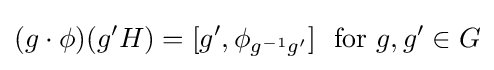
(g\cdot \phi )(g'H)=[g',\phi _{g^{-1}g'}]\ {\text{ for }}g,g'\in G